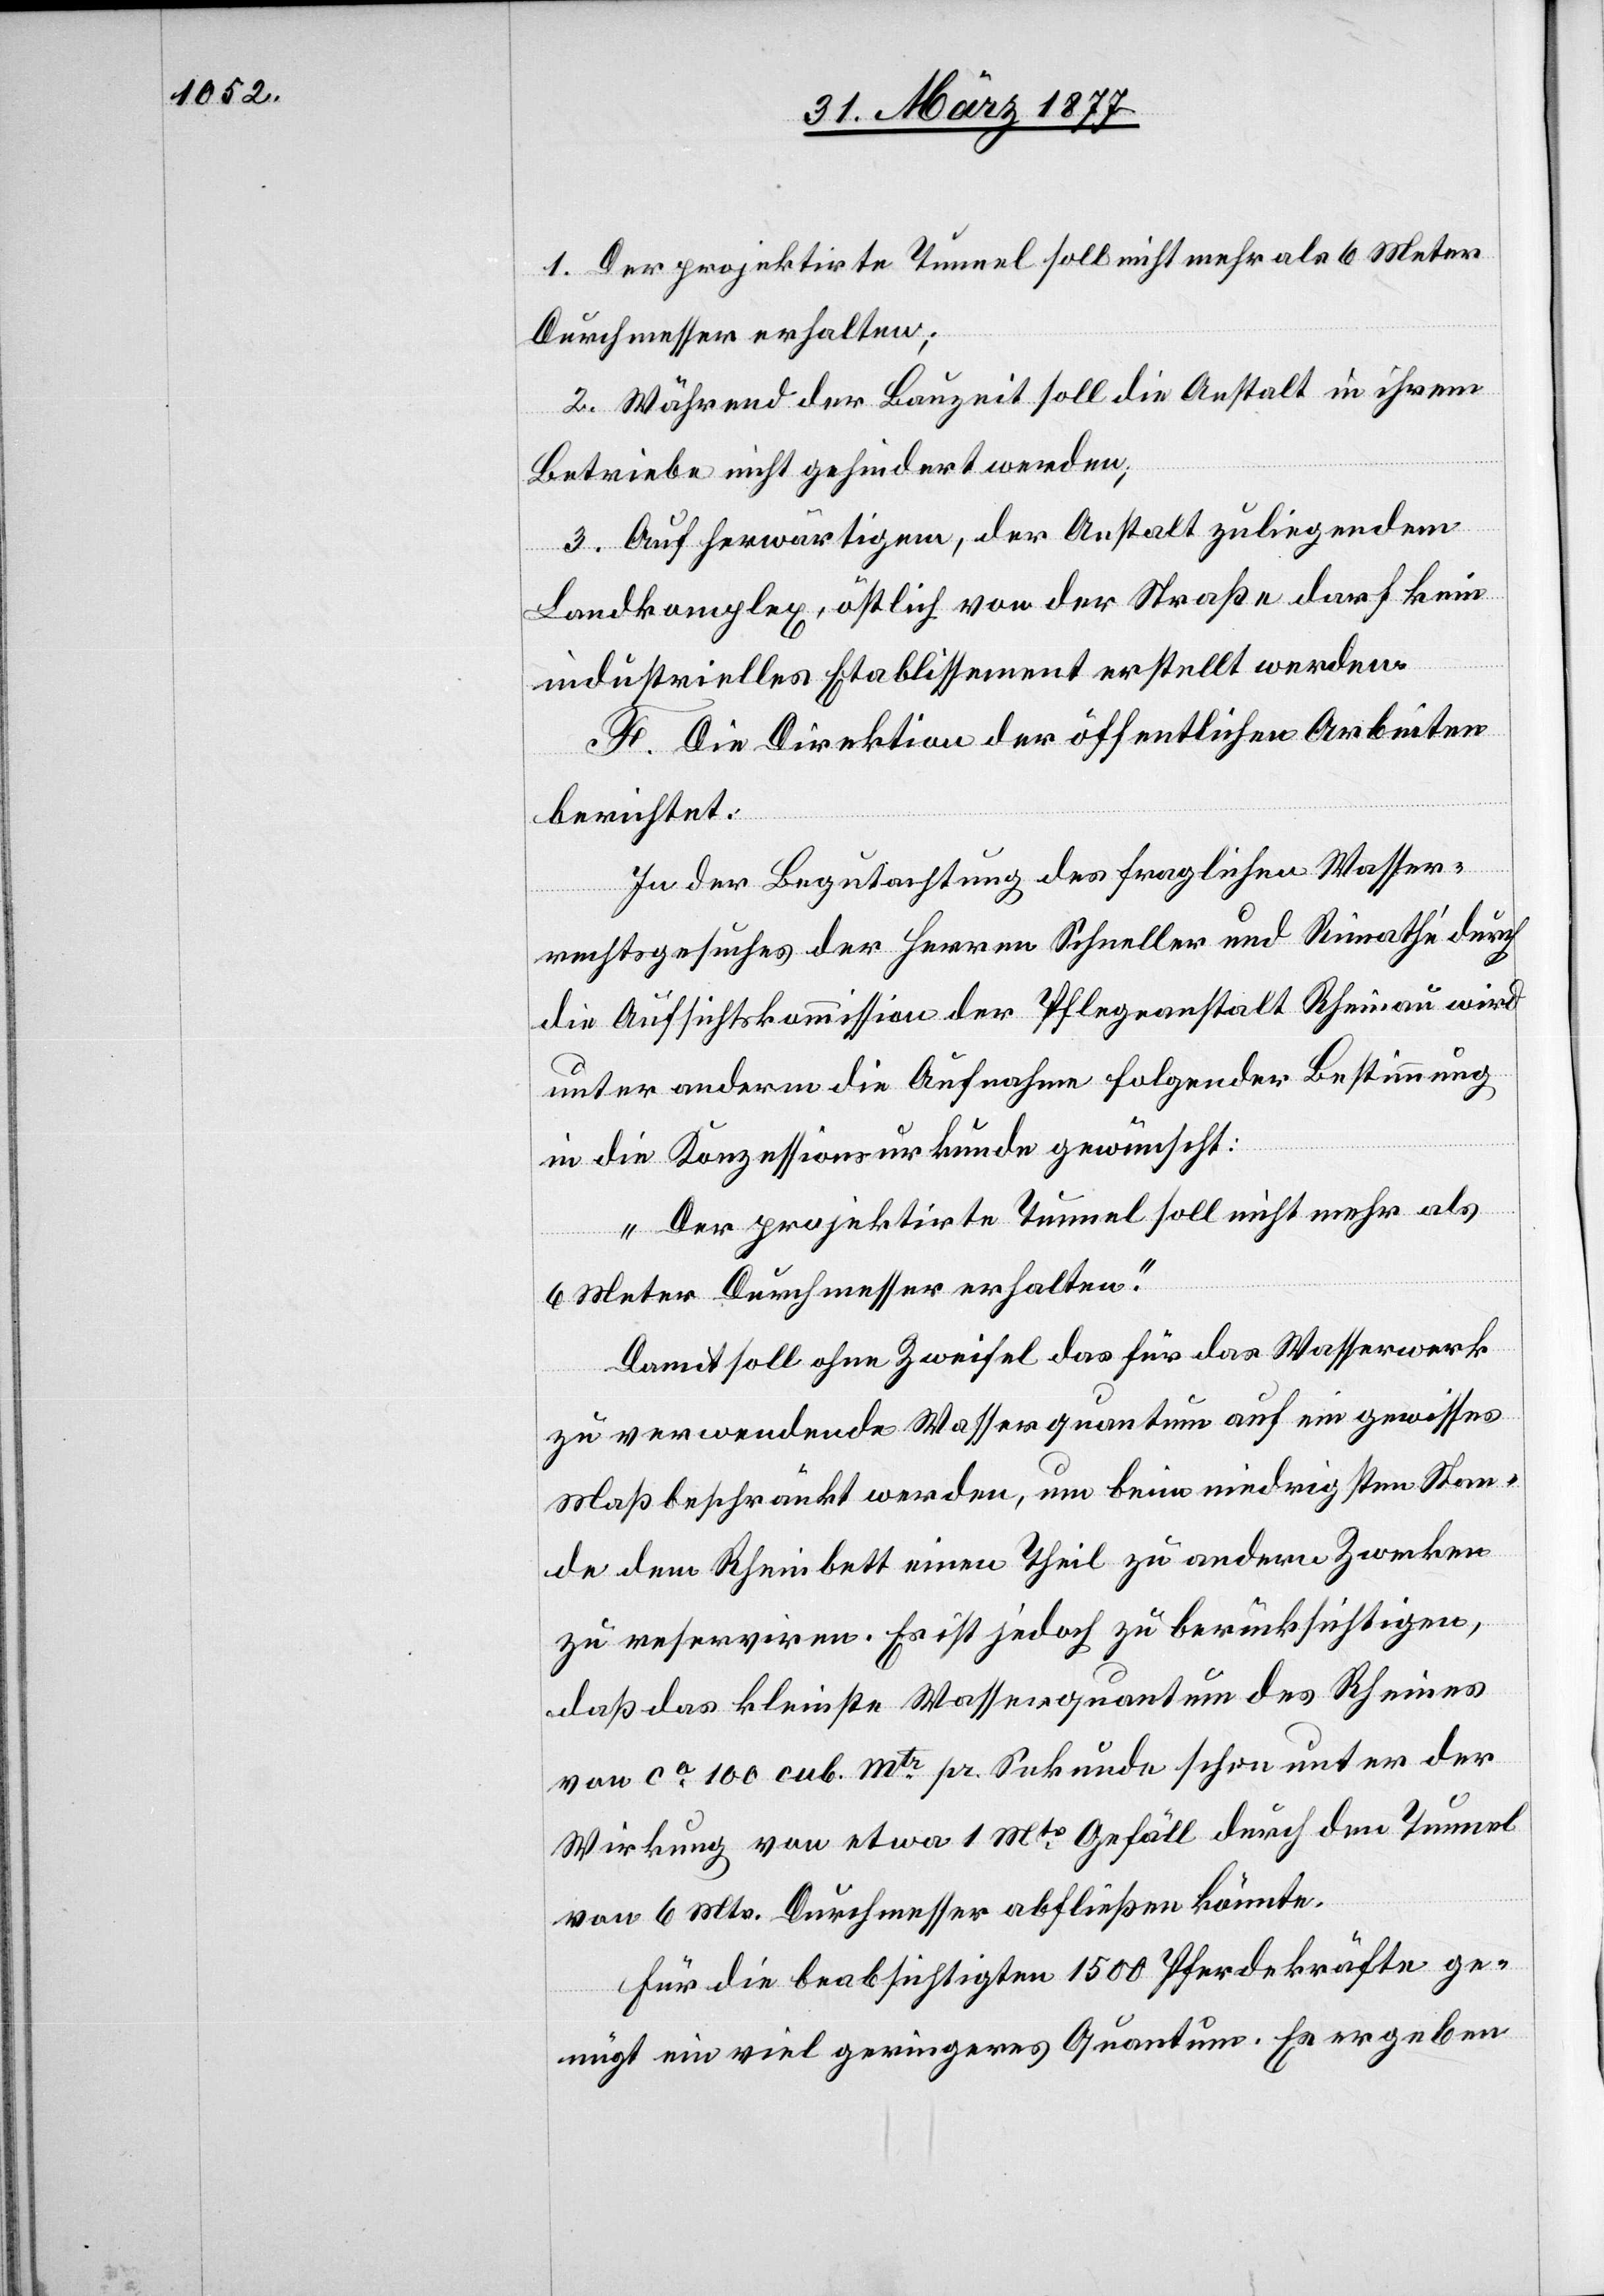
1. Der projektirte Tunnel soll nicht mehr als 6 Meter
Durchmesser erhalten;
2. Während der Bauzeit soll die Anstalt in ihrem
Betriebe nicht gehindert werden;
3. Auf herwärtigem, der Anstalt zuliegendem
Landkomplex, östlich von der Straße darf kein
industrielles Etablissement erstellt werden.
F. Die Direktion der öffentlichen Arbeiten
berichtet:
In der Begutachtung des fraglichen Wasser¬
rechtsgesuches der Herren Schneller und Rimathé durch
die Aufsichtskommission der Pflegeanstalt Rheinau wird
unter anderm die Aufnahme folgender Bestimmung
in die Konzessionsurkunde gewünscht:
„Der projektirte Tunnel soll nicht mehr als
6 Meter Durchmesser erhalten.“
Damit soll ohne Zweifel das für das Wasserwerk
zu verwendende Wasserquantum auf ein gewisses
Maß beschränkt werden, um beim niedrigsten Stan¬
de dem Rheinbett einen Theil zu andern Zwecken
zu reserviren. Es ist jedoch zu berücksichtigen,
daß das kleinste Wasserquantum des Rheines
von ca 100 cub. mtr pr. Sekunde schon unter der
Wirkung von etwa 1 Mtr Gefäll durch den Tunnel
von 6 Mtr. Durchmesser abfließen könnte.
Für die beabsichtigten 1500 Pferdekräfte ge¬
nügt ein viel geringeres Quantum. Es ergeben